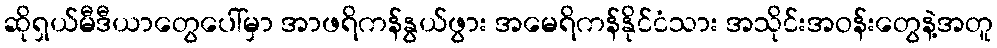
ဆိုရှယ်မီဒီယာတွေပေါ်မှာ အာဖရိကန်နွယ်ဖွား အမေရိကန်နိုင်ငံသား အသိုင်းအဝန်းတွေနဲ့အတူ